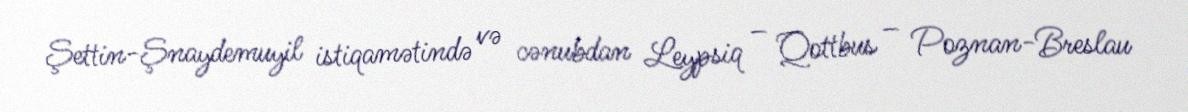
Şettin-Şnaydemuyil istiqamətində və cənubdan Leypsiq – Qottbus – Poznan-Breslau